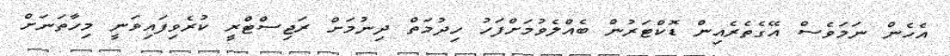
އެހެން ނަމަވެސް އޭގެތެރެއިން ޑޮކްޓަރުން ބެއްލެވުމަށްފަހު ހިދުމަތް ދިނުމަށް ރަޖިސްޓްރީ ކުރެވިފައިވަނީ މިހާތަނަށް